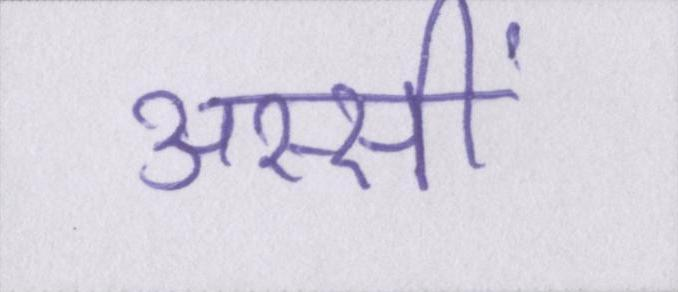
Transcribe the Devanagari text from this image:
अस्सीं